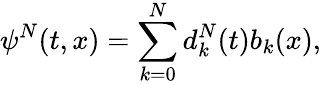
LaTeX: \psi^{N}(t,x)=\sum_{k=0}^{N}d_{k}^{N}(t)b_{k}(x),